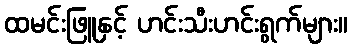
ထမင်းဖြူနှင့် ဟင်းသီးဟင်းရွက်များ။